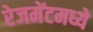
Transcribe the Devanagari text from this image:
रेजमेंटमध्ये